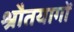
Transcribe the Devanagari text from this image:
श्रौतयागों